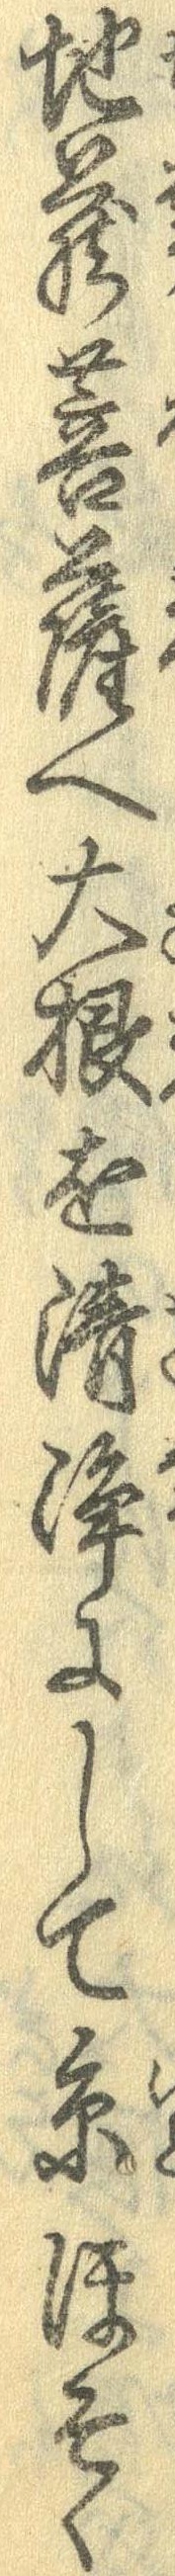
地蔵菩薩へ大根を清浄にして糸ほそく